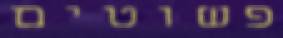
פשוטים